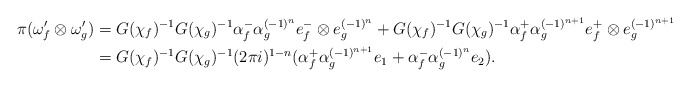
\begin{align*}\pi(\omega'_f \otimes \omega'_g) & = G(\chi_f)^{-1}G(\chi_g)^{-1}\alpha_f^- \alpha_g^{(-1)^n} e_f^- \otimes e_g^{(-1)^n} + G(\chi_f)^{-1}G(\chi_g)^{-1}\alpha_f^+ \alpha_g^{(-1)^{n+1}} e_f^+ \otimes e_g^{(-1)^{n+1}}\\& = G(\chi_f)^{-1}G(\chi_g)^{-1}(2\pi i)^{1-n} (\alpha_f^+ \alpha_g^{(-1)^{n+1}} e_1 + \alpha_f^- \alpha_g^{(-1)^n} e_2).\end{align*}